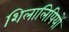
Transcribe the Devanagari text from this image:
शिलालिपियों